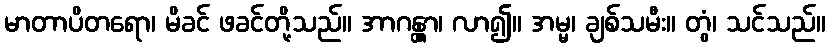
မာတာပိတရော၊ မိခင် ဖခင်တို့သည်။ အာဂန္တွာ၊ လာ၍။ အမ္မ၊ ချစ်သမီး။ တွံ၊ သင်သည်။